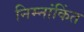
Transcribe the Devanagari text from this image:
निम्नांकिंत